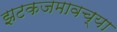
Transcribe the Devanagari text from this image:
झटकजमावच्या